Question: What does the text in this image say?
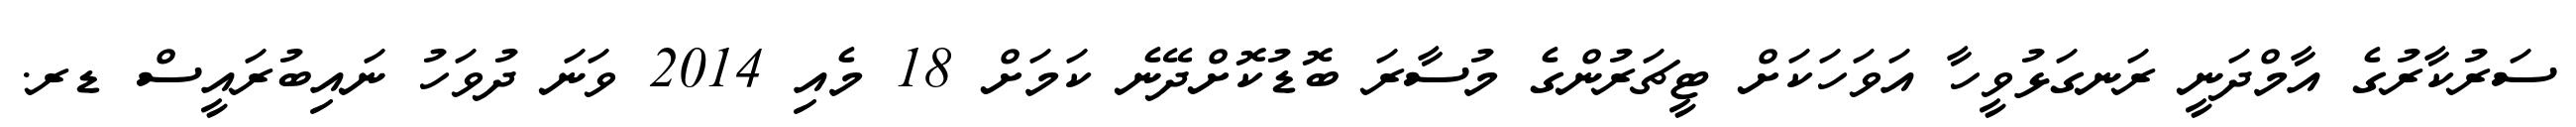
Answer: ސަރުކާރުގެ އާމްދަނީ ރަނގަޅުވީހާ އަވަހަކަށް ޓީޗަރުންގެ މުސާރަ ބޮޑުކޮށްދޭނެ ކަމަށް 18 މެއި 2014 ވަނަ ދުވަހު ނައިބުރައީސް ޑރ.